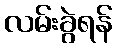
လမ်းခွဲရန်